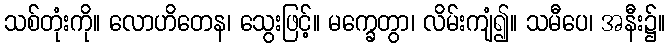
သစ်တုံးကို။ လောဟိတေန၊ သွေးဖြင့်။ မက္ခေတွာ၊ လိမ်းကျံ၍။ သမီပေ၊ အနီး၌။